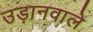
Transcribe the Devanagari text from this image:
उड़ानवाले